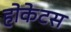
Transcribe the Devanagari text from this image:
होकेटस